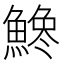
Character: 𩺒